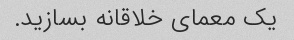
یک معمای خلاقانه بسازید.